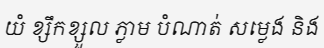
យំ ខ្សឹកខ្សួល ភ្លាម បំណាត់ សម្លេង និង